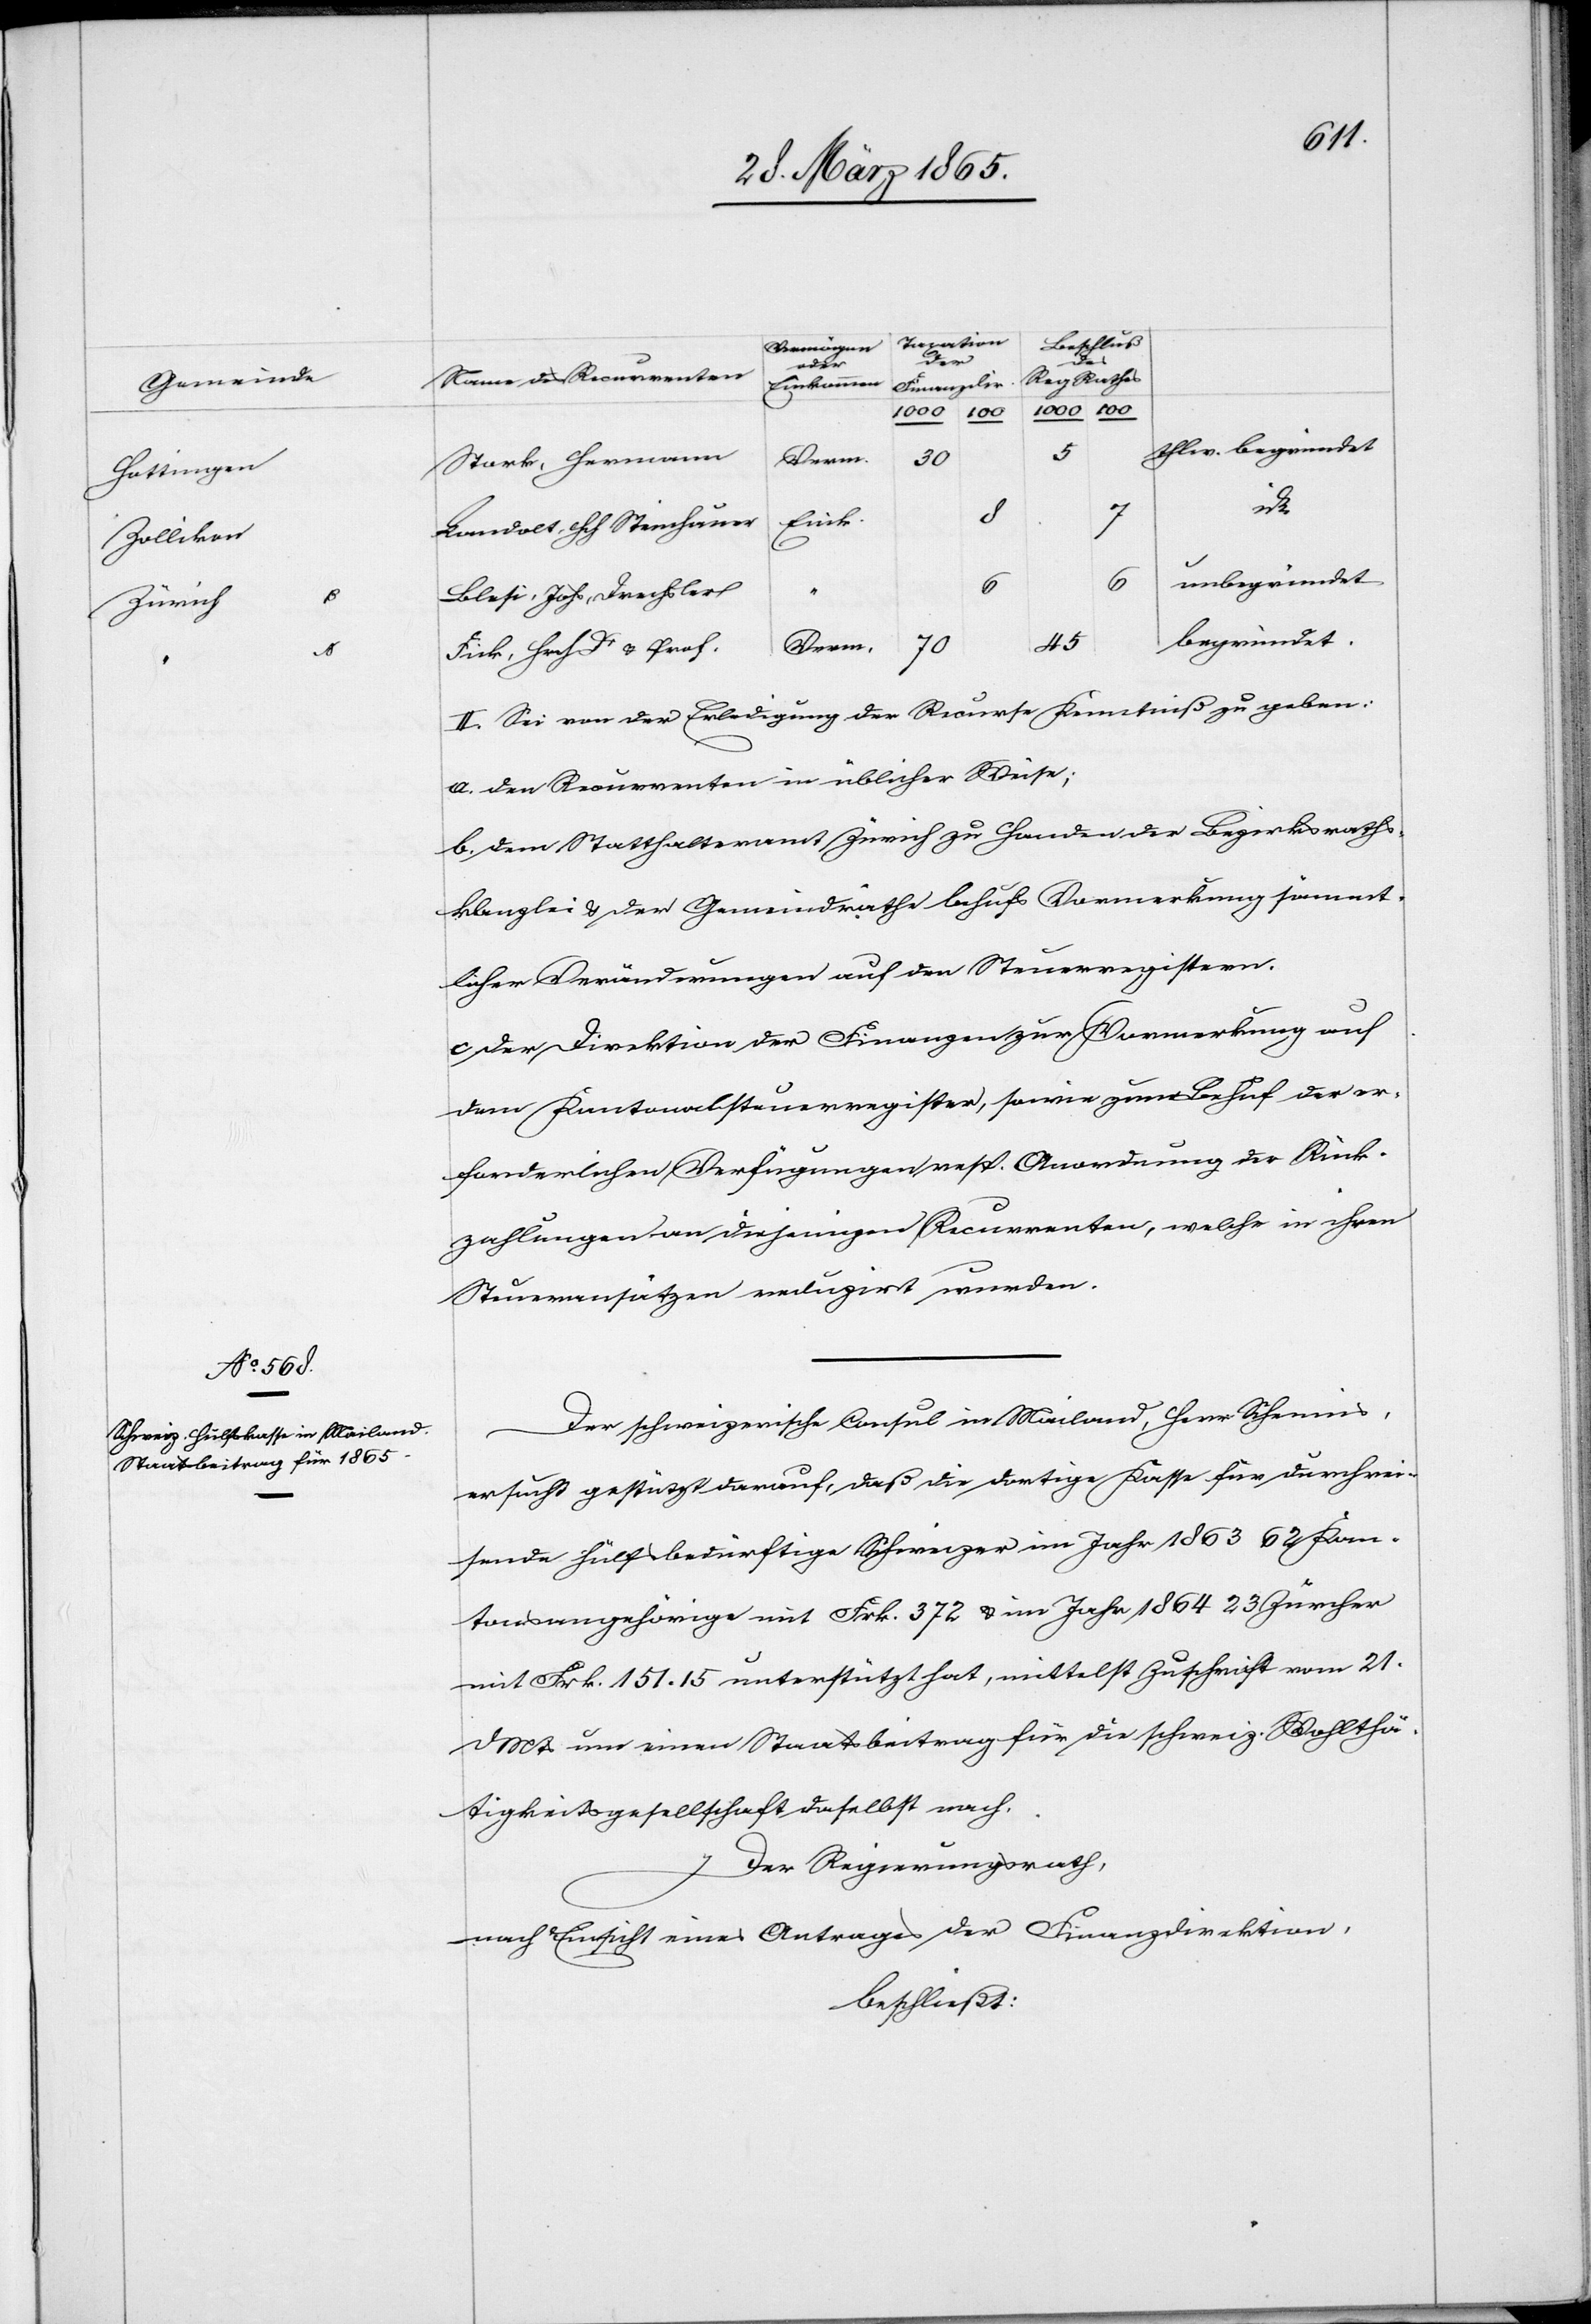
Hottingen
Zollikon
Zürich

thlw. begründet
Verm.
70
Stork, Hermann
id
8
7
Landolt, Hch Steinhauer
unbegründet
Blesi, Johs, Drechsler
begründet
45
“
Fick, Hrch Dr & Prof.
II. Sei von der Erledigung der Recurse Kenntniß zu geben:
a. den Recurrenten in üblicher Weise;
b. dem Statthalteramt Zürich zu Handen der Bezirksraths¬
kanzlei & der Gemeindräthe behufs Vormerkung sämmt¬
licher Veränderungen auf den Steuerregistern.
c Der Direktion der Finanzen zur Vormerkung auf
dem Kantonalsteuerregister, sowie zum Behuf der er¬
forderlichen Verfügungen resp. Anordnung der Rück¬
zahlungen an diejenigen Recurrenten, welche in ihren
Steueransätzen reduzirt wurden.
Der schweizerische Consul in Mailand, Herr Schennis,
ersucht gestützt darauf, daß die dortige Kasse für durchrei¬
sende hülfsbedürftige Schweizer im Jahr 1863 62 Kan¬
tonsangehörige mit Frk. 372 & im Jahr 1864 23 Zürcher
mit Frk. 151. 15 unterstützt hat, mittelst Zuschrift vom 21.
d Mts um einen Staatsbeitrag für die schweiz. Wohlthä¬
tigkeitsgesellschaft daselbst nach.
Der Regierungsrath,
nach Einsicht eines Antrages der Finanzdirektion,
beschließt: